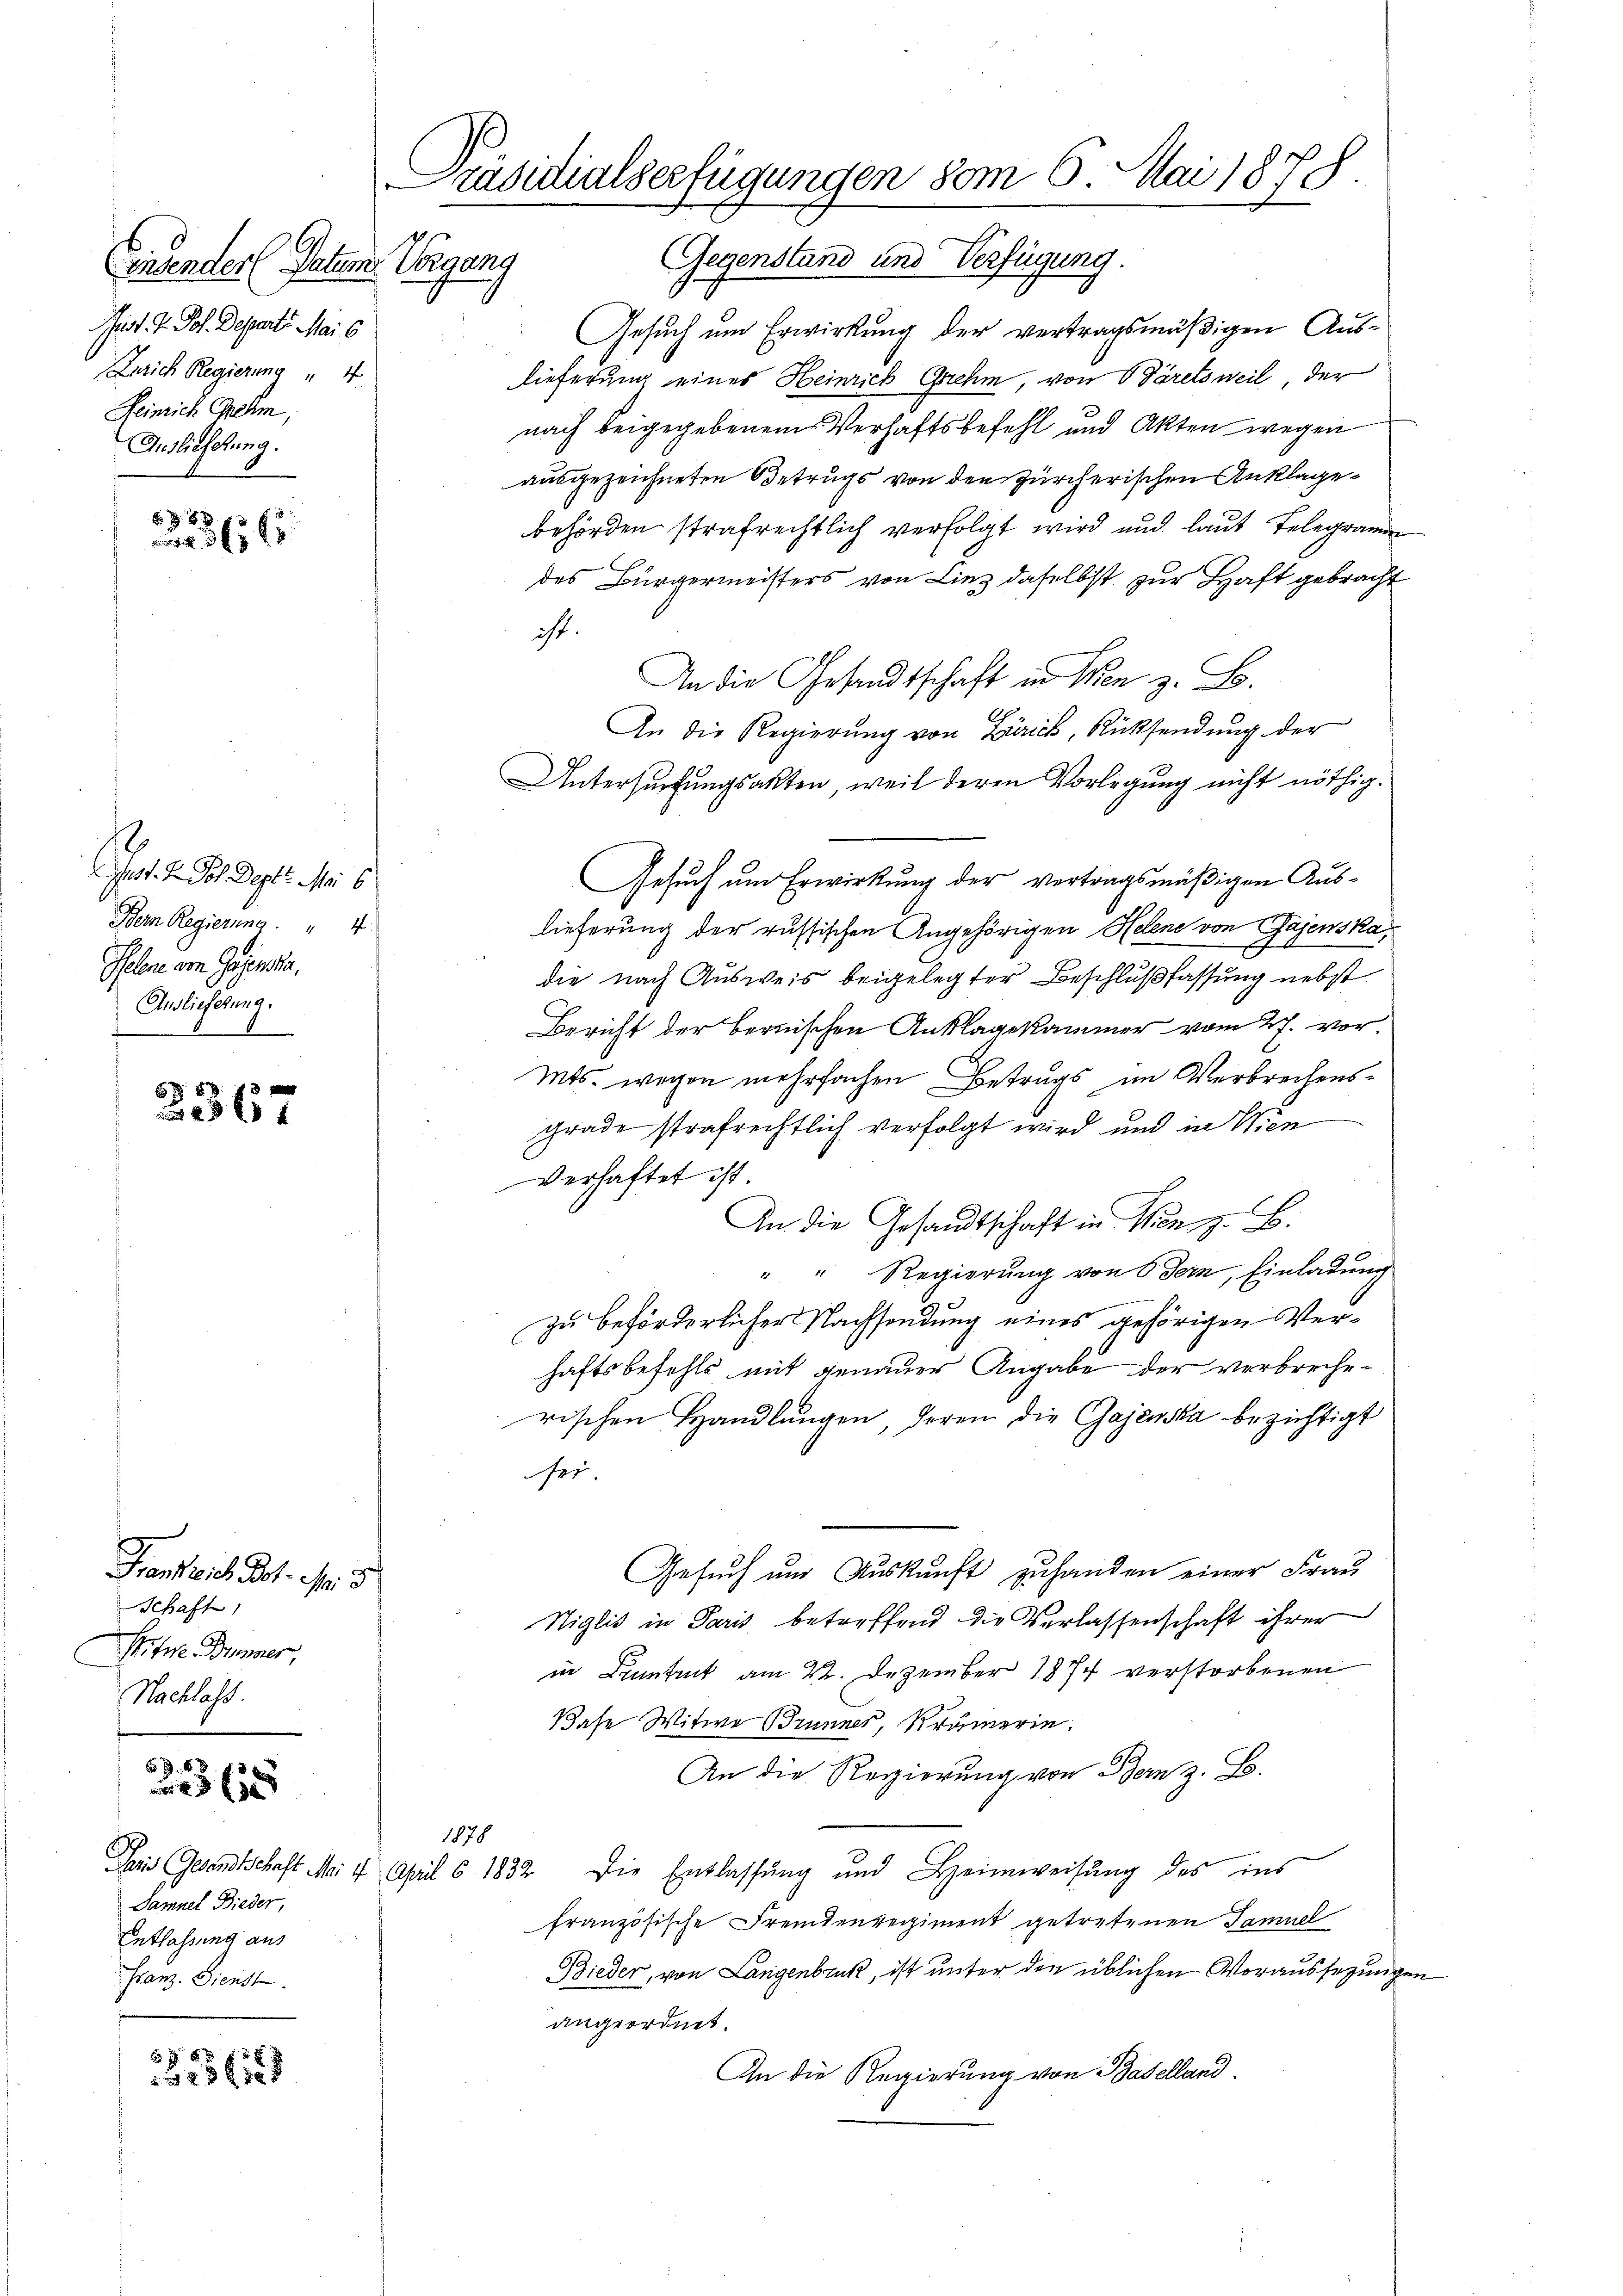
Consender Paten.
Juss. P. Joh. Departe Mai 6
Zürich Regierung " 4
Heinrich Gehm,
Auslieferung.

8 x
 365 f

Jart. 2. Joh. Sept. Mai s
Bern Regierung " 4
Peler von Gegenste,
Anslieferung.

559.
367

Frankreich Bol. M. 8
Schaft
Prtner Brunner,
Nachlass.

25

Samuel Bieder,
Entlassung aus
Franz. Dienst

6 f 4 x
 23 xx

Präsidialserfügungen vom 6. Mai 1878.

Vergang Gegenstand und Verfügung.
Gesuch um Erwirkung der vertragsmäßigen Auslieferung eines Heinrich Griehm, von Bäretsweil, der
nach beigegebenem Verhaftsbefehl und Akten wegen
ausgezeichneten Betrugs von den Zürcherischen Anklagebehörden strafrechtlich verfolgt wird und laut Telegramme
des Bürgermeisters von Liez daselbst zur Haft gebracht
ist.
An die Gesandtschaft in Men z. B.
An die Regierung von Zürich, Rücksendung der
Untersuchungsakten, weil deren Vorlegung nicht nöthig.
Gesuch um Erwirkung der vertragsmäßigen Auslieferung der russischen Angehörigen Helene von Gajenska,
die nach Ausweis beigelegter Beschlußfassung nebst
Bericht der bernischen Anklagekammer vom 27. vor¬
Mts. wegen mehrfachen Betrugs im Verbrechensgrade strafrechtlich verfolgt wird und in Wien
verhaftet ist.
An die Gesandtschaft in Wien z. B.
" " Regierung von 6 dern, Einladung
zu beförderlicher Nachsendung eines gehörigen Verhaftsbefehls mit genauer Angabe der verbrecherischen Handlungen, deren die Gajenska bezichtigt
sei.
Gesuch um Auskunft zuhanden einer Frau
Niglis in Paris betreffend die Verlassenschaft ihrer
in Druntrut am 22. Dezember 1874 verstorbenen
Base Witwe Brunner, Krämerin.
An die Regierung von Bern z. B.
1878
Dai Gesandtschaft M 4 April § 1832. Die Entlassung und Heimweisung des ins
französische Fremdenregiment getretenen Samuel
Bieder, von Langenbruck, ist unter den üblichen Voraussezungen
angeordnet.
An die Regierung von Baselland.